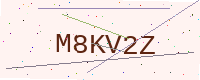
Text: M8KV2Z